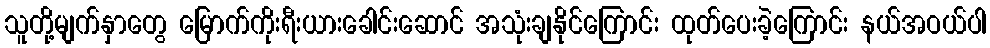
သူတို့မျက်နှာတွေ မြောက်ကိုးရီးယားခေါင်းဆောင် အသုံးချနိုင်ကြောင်း ထုတ်ပေးခဲ့ကြောင်း နယ်အဝယ်ပါ